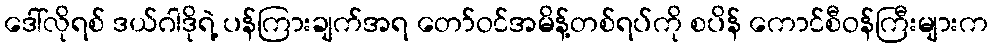
ဒေါ်လိုရစ် ဒယ်ဂါဒိုရဲ့ ပန်ကြားချက်အရ တော်ဝင်အမိန့်တစ်ရပ်ကို စပိန် ကောင်စီဝန်ကြီးများက